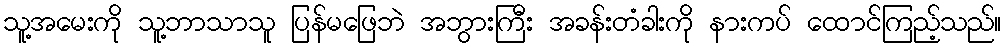
သူ့အမေးကို သူ့ဘာသာသူ ပြန်မဖြေဘဲ အဘွားကြီး အခန်းတံခါးကို နားကပ် ထောင်ကြည့်သည်။